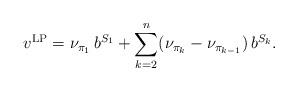
LaTeX: \begin{align*}v^{{\rm LP}} = \nu_{\pi_1} \, b^{S_1} + \sum_{k=2}^{n} (\nu_{\pi_k} - \nu_{\pi_{k-1}}) \,b^{S_k}.\end{align*}